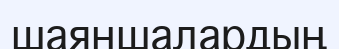
шаяншалардың